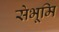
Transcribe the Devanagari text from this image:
सेभूमि